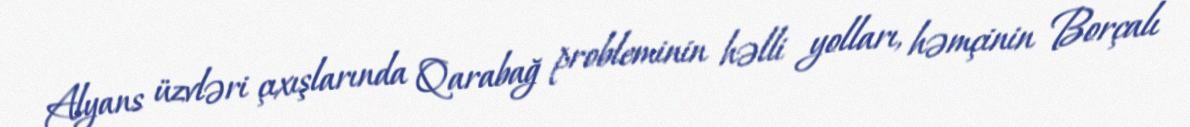
Alyans üzvləri çıxışlarında Qarabağ probleminin həlli yolları, həmçinin Borçalı